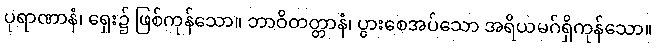
ပုရာဏာနံ၊ ရှေး၌ ဖြစ်ကုန်သော။ ဘာဝိတတ္တာနံ၊ ပွားစေအပ်သော အရိယမဂ်ရှိကုန်သော။